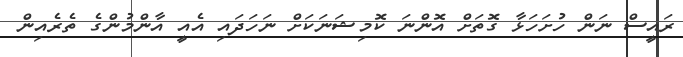
ރައީސް ނަން ހުށަހަޅާ ގޮތަށް އޮންނަ ކޮމިޝަނަކަށް ނަހަދައި އެއީ އާންމުންގެ ތެރެއިން